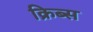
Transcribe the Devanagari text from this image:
क्रिब्स